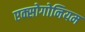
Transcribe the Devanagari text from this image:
एक्सोगोनियम